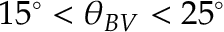
1 5 ^ { \circ } < \theta _ { B V } < 2 5 ^ { \circ }